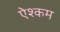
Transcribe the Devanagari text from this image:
ऐश्कम